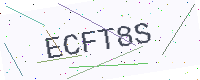
Text: ECFT8S